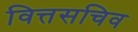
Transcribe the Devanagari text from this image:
वित्तसचिव